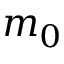
m _ { 0 }